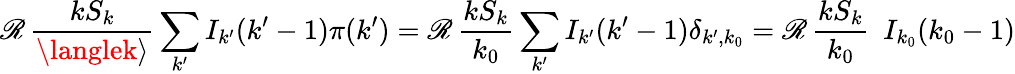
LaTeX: \mathscr{R}\, \frac{{kS_{k}}}{{\langlek\rangle}}\sum_{k^{\prime}}I_{k^{\prime}}(k^{\prime}-1)\pi(k^{\prime})=\mathscr{R}\, \frac{{kS_{k}}}{{k_{0}}}\sum_{k^{\prime}}I_{k^{\prime}}(k^{\prime}-1)\delta_{k^{\prime},k_{0}}=\mathscr{R}\, \frac{{kS_{k}}}{{k_{0}}}\ \ I_{k_{0}}(k_{0}-1)